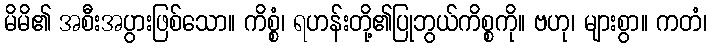
မိမိ၏ အစီးအပွားဖြစ်သော။ ကိစ္စံ၊ ရဟန်းတို့၏ပြုဘွယ်ကိစ္စကို။ ဗဟု၊ များစွာ။ ကတံ၊